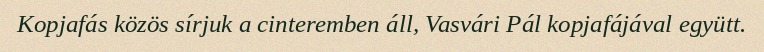
Kopjafás közös sírjuk a cinteremben áll, Vasvári Pál kopjafájával együtt.